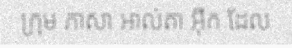
ក្រុម ភាសា អាល់តា អ៊ីក ដែល